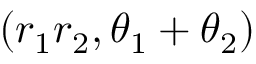
( r _ { 1 } r _ { 2 } , \theta _ { 1 } + \theta _ { 2 } )